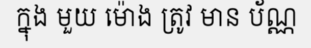
ក្នុង មួយ ម៉ោង ត្រូវ មាន ប័ណ្ណ